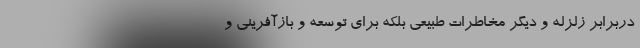
دربرابر زلزله و دیگر مخاطرات طبیعی بلکه برای توسعه و بازآفرینی و